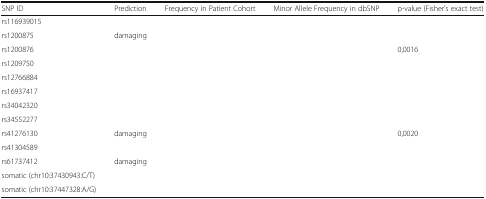
<table><thead><tr><td><b>SNP ID</b></td><td><b>Prediction</b></td><td><b>Frequency in Patient Cohort</b></td><td><b>Minor Allele Frequency in dbSNP</b></td><td><b>p-value (Fisher’s exact test)</b></td></tr></thead><tbody><tr><td>rs116939015</td><td>[EMPTY_CELL]</td><td>[EMPTY_CELL]</td><td>[EMPTY_CELL]</td><td>[EMPTY_CELL]</td></tr><tr><td>rs1200875</td><td>damaging</td><td>[EMPTY_CELL]</td><td>[EMPTY_CELL]</td><td>[EMPTY_CELL]</td></tr><tr><td>rs1200876</td><td>[EMPTY_CELL]</td><td>[EMPTY_CELL]</td><td>[EMPTY_CELL]</td><td>0,0016</td></tr><tr><td>rs1209750</td><td>[EMPTY_CELL]</td><td>[EMPTY_CELL]</td><td>[EMPTY_CELL]</td><td>[EMPTY_CELL]</td></tr><tr><td>rs12766884</td><td>[EMPTY_CELL]</td><td>[EMPTY_CELL]</td><td>[EMPTY_CELL]</td><td>[EMPTY_CELL]</td></tr><tr><td>rs16937417</td><td>[EMPTY_CELL]</td><td>[EMPTY_CELL]</td><td>[EMPTY_CELL]</td><td>[EMPTY_CELL]</td></tr><tr><td>rs34042320</td><td>[EMPTY_CELL]</td><td>[EMPTY_CELL]</td><td>[EMPTY_CELL]</td><td>[EMPTY_CELL]</td></tr><tr><td>rs34552277</td><td>[EMPTY_CELL]</td><td>[EMPTY_CELL]</td><td>[EMPTY_CELL]</td><td>[EMPTY_CELL]</td></tr><tr><td>rs41276130</td><td>damaging</td><td>[EMPTY_CELL]</td><td>[EMPTY_CELL]</td><td>0,0020</td></tr><tr><td>rs41304589</td><td>[EMPTY_CELL]</td><td>[EMPTY_CELL]</td><td>[EMPTY_CELL]</td><td>[EMPTY_CELL]</td></tr><tr><td>rs61737412</td><td>damaging</td><td>[EMPTY_CELL]</td><td>[EMPTY_CELL]</td><td>[EMPTY_CELL]</td></tr><tr><td>somatic (chr10:37430943:C/T)</td><td>[EMPTY_CELL]</td><td>[EMPTY_CELL]</td><td>[EMPTY_CELL]</td><td>[EMPTY_CELL]</td></tr><tr><td>somatic (chr10:37447328:A/G)</td><td>[EMPTY_CELL]</td><td>[EMPTY_CELL]</td><td>[EMPTY_CELL]</td><td>[EMPTY_CELL]</td></tr></tbody></table>